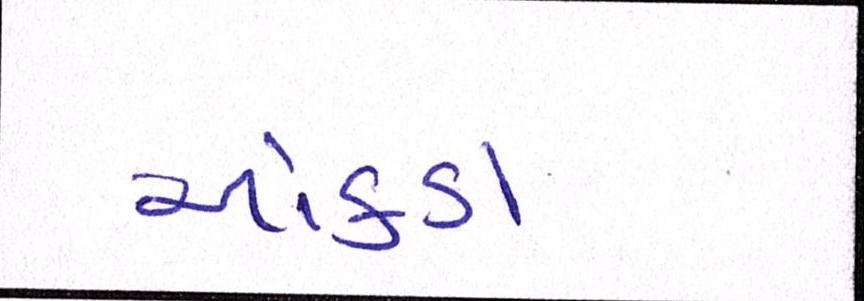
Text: આંકડા